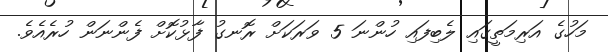
މަހުގެ އަރިމަތީގައި ލެބިފައި ހުންނަ 5 ވަރަކަށް ރޮނގު ފާޅުކޮށް ފެންނަން ހުރެއެެވެ.